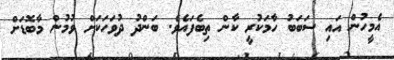
އެމީހުން އައި ސަބަބު ހާމަކުރީ ކާން ތިބެފައެވެ. ބަންދު ދުވަހަކަށް ވުމުން މާބޮޑަށް